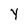
Character: Y